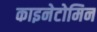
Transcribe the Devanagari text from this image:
काइनेटोमिन